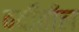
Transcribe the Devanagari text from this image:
वर्दीतील